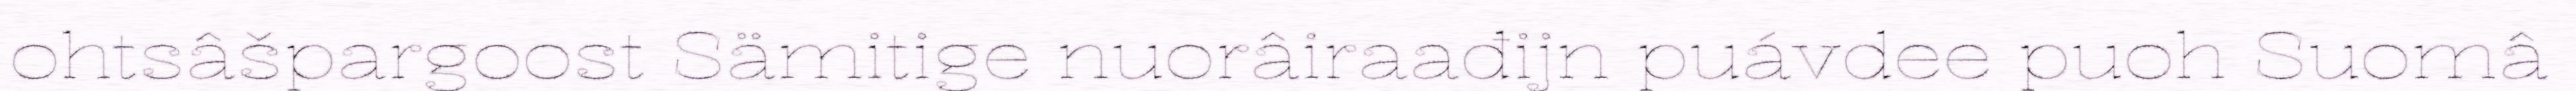
ohtsâšpargoost Sämitige nuorâiraađijn puávdee puoh Suomâ